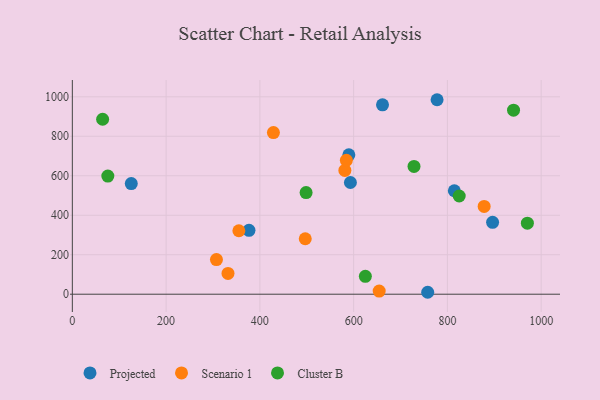
{"axis": {"x": "Engine Size", "y": "Rating"}, "legend": ["Cluster B", "Projected", "Scenario 1"], "data": [{"x": "758.0", "y": 9.8, "type": "Projected"}, {"x": "896.4", "y": 364.3, "type": "Projected"}, {"x": "778.0", "y": 985.2, "type": "Projected"}, {"x": "589.8", "y": 706.2, "type": "Projected"}, {"x": "376.8", "y": 323.8, "type": "Projected"}, {"x": "661.6", "y": 959.4, "type": "Projected"}, {"x": "814.8", "y": 524.2, "type": "Projected"}, {"x": "125.7", "y": 560.6, "type": "Projected"}, {"x": "593.1", "y": 565.8, "type": "Projected"}, {"x": "428.9", "y": 818.8, "type": "Scenario 1"}, {"x": "581.3", "y": 627.3, "type": "Scenario 1"}, {"x": "496.8", "y": 280.9, "type": "Scenario 1"}, {"x": "355.2", "y": 321.5, "type": "Scenario 1"}, {"x": "878.4", "y": 444.8, "type": "Scenario 1"}, {"x": "584.5", "y": 678.1, "type": "Scenario 1"}, {"x": "332.0", "y": 105.4, "type": "Scenario 1"}, {"x": "654.5", "y": 15.9, "type": "Scenario 1"}, {"x": "307.4", "y": 175.7, "type": "Scenario 1"}, {"x": "64.6", "y": 886.2, "type": "Cluster B"}, {"x": "825.2", "y": 497.4, "type": "Cluster B"}, {"x": "941.1", "y": 932.3, "type": "Cluster B"}, {"x": "970.6", "y": 359.7, "type": "Cluster B"}, {"x": "498.6", "y": 514.8, "type": "Cluster B"}, {"x": "75.7", "y": 598.4, "type": "Cluster B"}, {"x": "625.0", "y": 90.6, "type": "Cluster B"}, {"x": "728.8", "y": 647.5, "type": "Cluster B"}]}